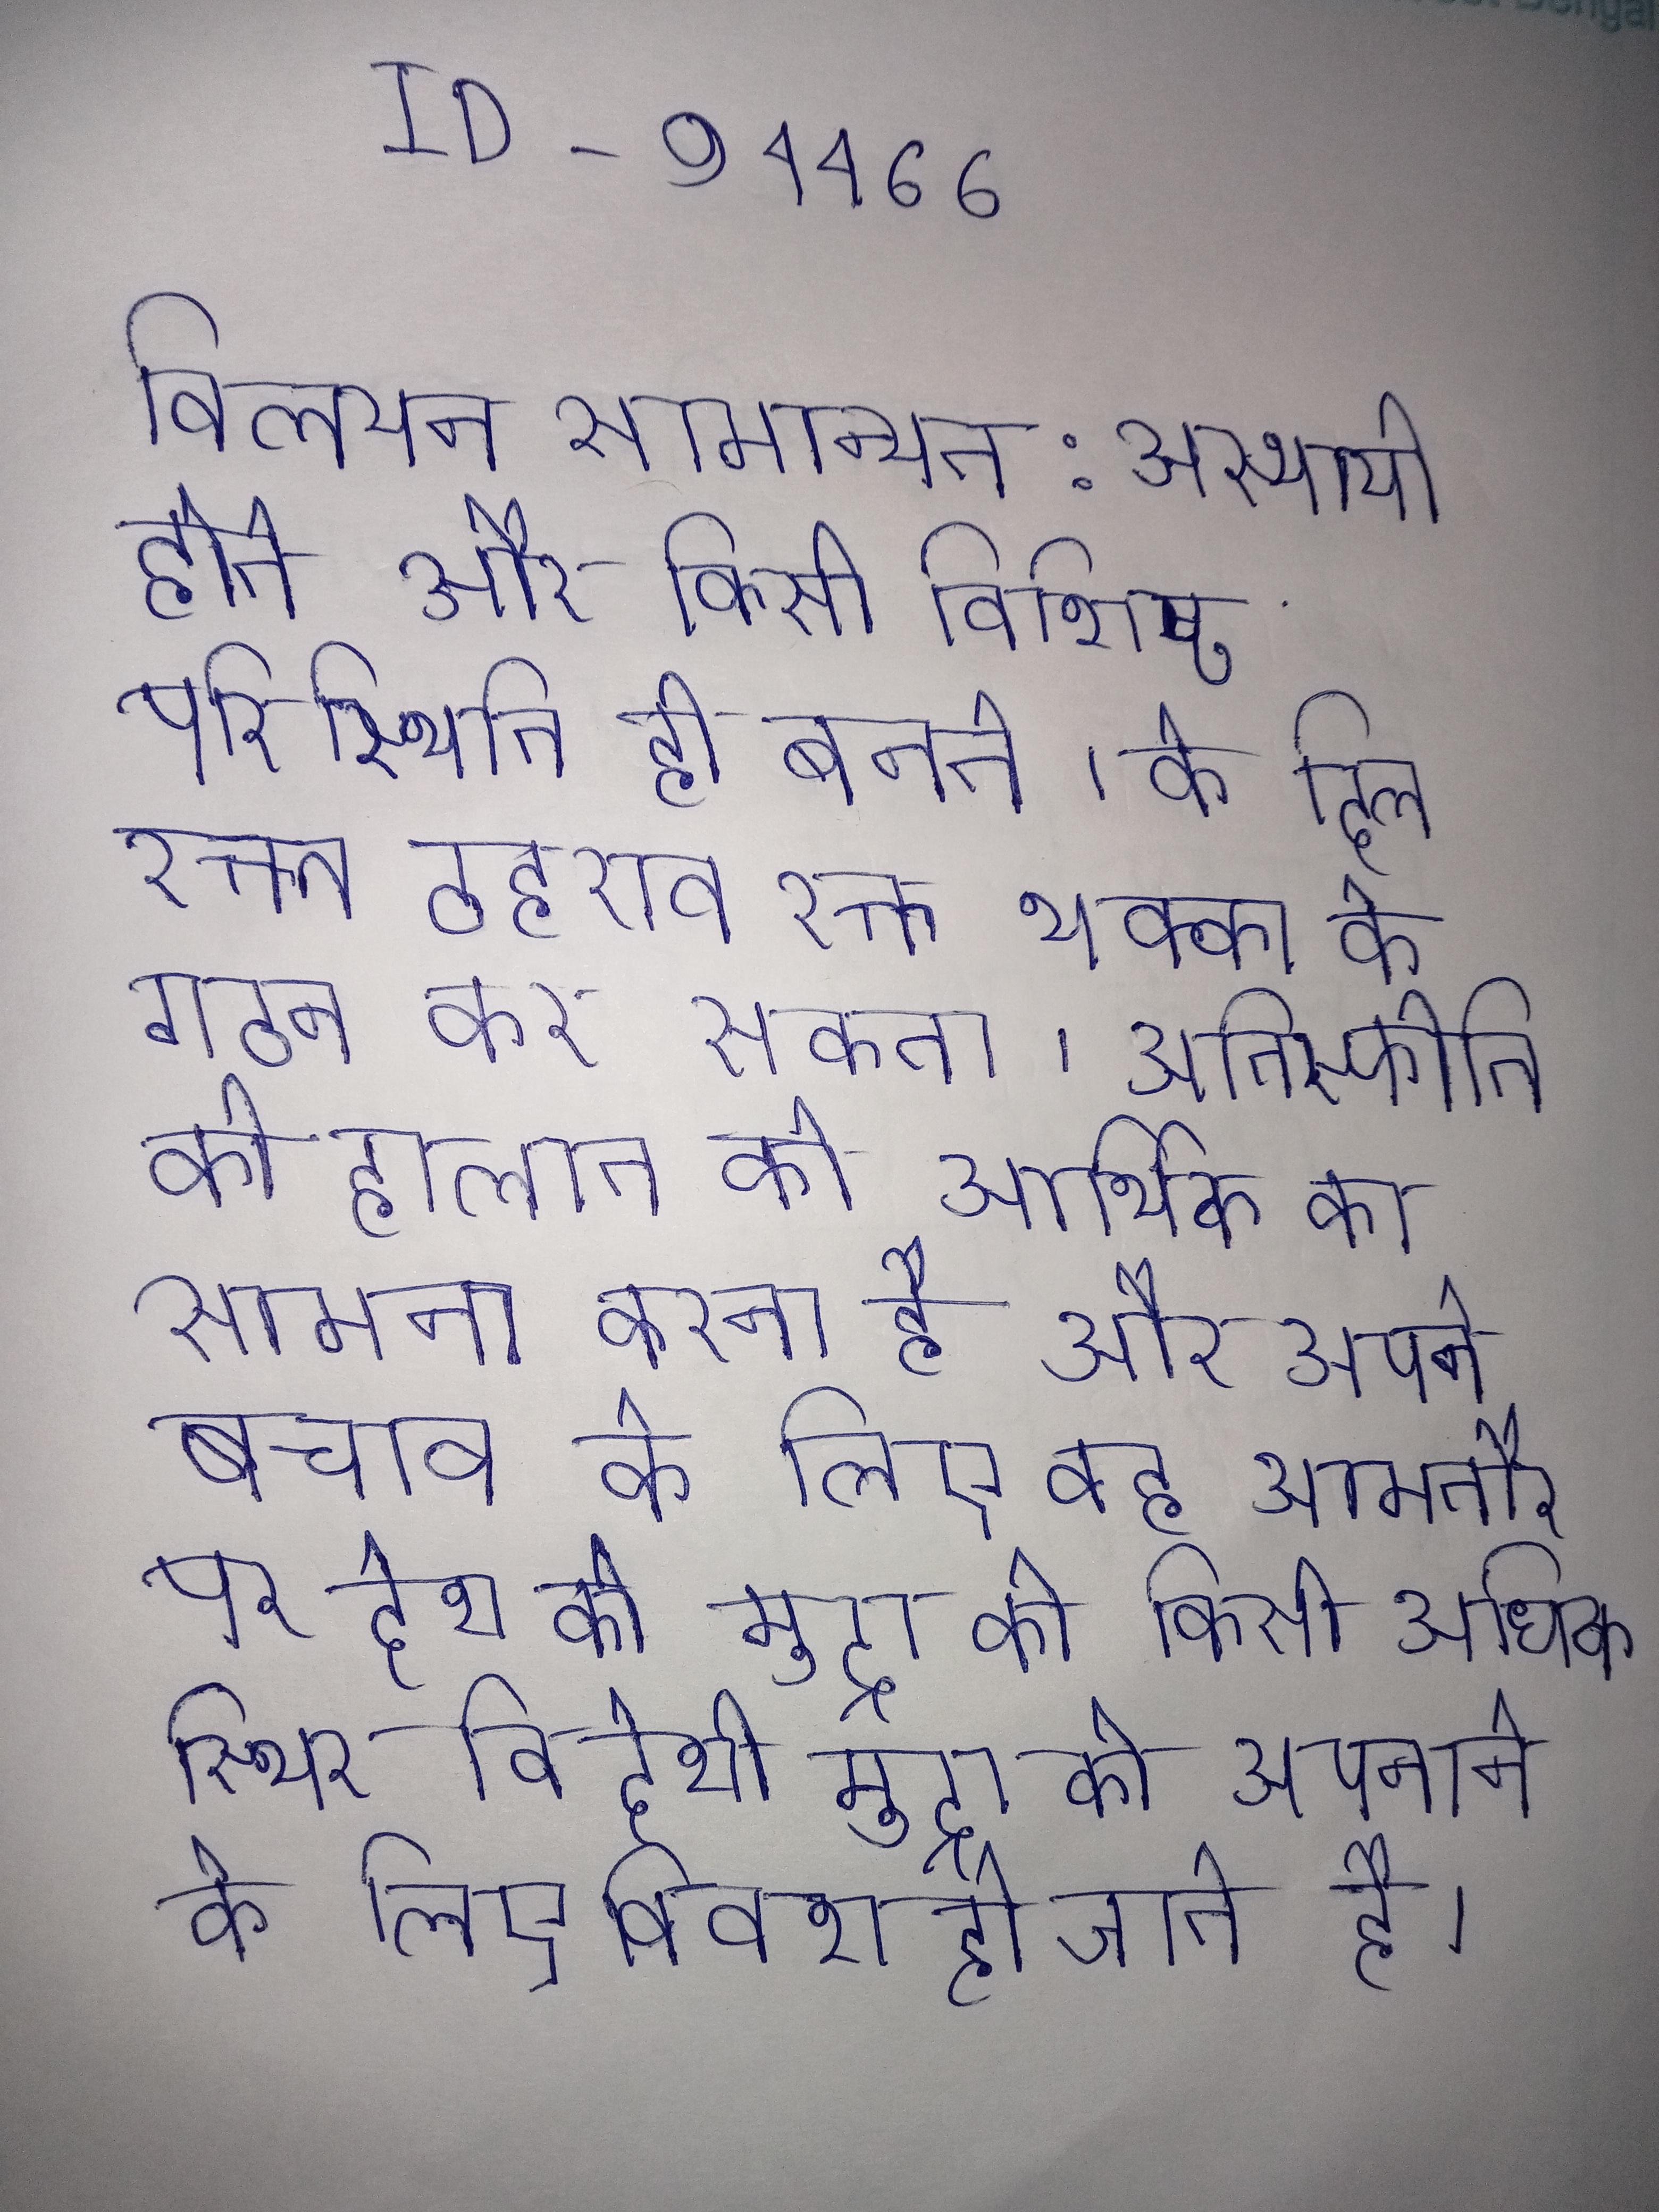
विलयन सामान्यत: अस्थायी होते और किसी विशिष्ट परिस्थिति ही बनते । के दिल रक्त ठहराव रक्त थक्का के गठन कर सकता । अतिस्फीति की हालात को आर्थिक का सामना करना है और अपने बचाव के लिए वह आमतौर पर देश की मुद्रा को किसी अधिक स्थिर विदेशी मुद्रा को अपनाने के लिए विवश हो जाते है ।